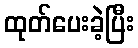
ထုတ်ပေးခဲ့ပြီး